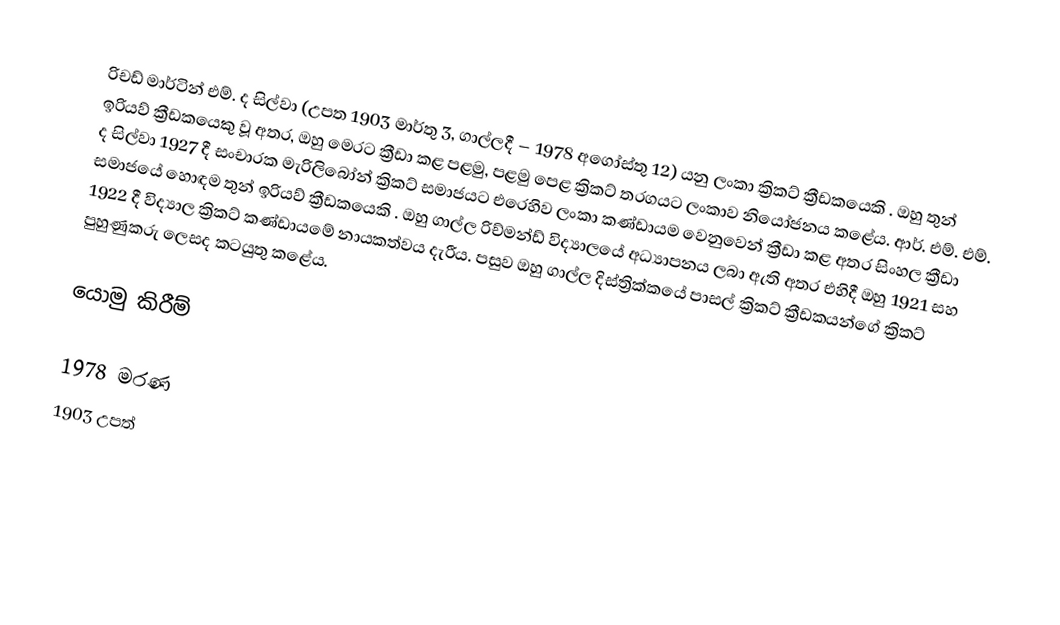
රිචඩ් මාර්ටින් එම්. ද සිල්වා (උපත 1903 මාර්තු 3, ගාල්ලදී – 1978 අගෝස්තු 12) යනු ලංකා ක්‍රිකට් ක්‍රීඩකයෙකි . ඔහු තුන් ඉරියව් ක්‍රීඩකයෙකු වූ අතර, ඔහු මෙරට ක්‍රීඩා කළ පළමු, පළමු පෙළ ක්‍රිකට් තරගයට ලංකාව නියෝජනය කළේය. ආර්. එම්. එම්. ද සිල්වා 1927 දී සංචාරක මැරිලිබෝන් ක්‍රිකට් සමාජයට එරෙහිව ලංකා කණ්ඩායම වෙනුවෙන් ක්‍රීඩා කළ අතර සිංහල ක්‍රීඩා සමාජයේ හොඳම තුන් ඉරියව් ක්‍රීඩකයෙකි . ඔහු ගාල්ල රිච්මන්ඩ් විද්‍යාලයේ අධ්‍යාපනය ලබා ඇති අතර එහිදී ඔහු 1921 සහ 1922 දී විද්‍යාල ක්‍රිකට් කණ්ඩායමේ නායකත්වය දැරීය. පසුව ඔහු ගාල්ල දිස්ත්‍රික්කයේ පාසල් ක්‍රිකට් ක්‍රීඩකයන්ගේ ක්‍රිකට් පුහුණුකරු ලෙසද කටයුතු කළේය.

යොමු කිරීම්

1978 මරණ
1903 උපත්